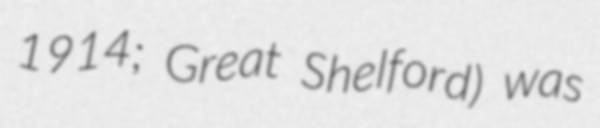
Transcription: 1914; Great Shelford) was